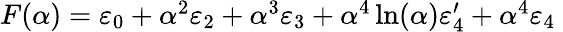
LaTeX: \begin{array}{r}{F(\alpha)=\varepsilon_{0}+\alpha^{2}\varepsilon_{2}+\alpha^{3}\varepsilon_{3}+\alpha^{4}\ln(\alpha)\varepsilon_{4}^{\prime}+\alpha^{4}\varepsilon_{4}\; }\end{array}